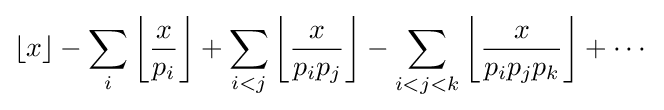
\lfloor x\rfloor -\sum _{i}\left\lfloor {\frac {x}{p_{i}}}\right\rfloor +\sum _{i<j}\left\lfloor {\frac {x}{p_{i}p_{j}}}\right\rfloor -\sum _{i<j<k}\left\lfloor {\frac {x}{p_{i}p_{j}p_{k}}}\right\rfloor +\cdots